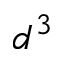
d ^ { 3 }